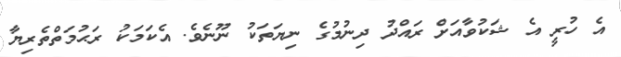
އެ ހުރީ އެ ޝަކުވާއަށް ރައްދު ދިނުމުގެ ނިޔަތަކު ނޫނެވެ. އެކަމަކު ރަޙުމަތްތެރިޔާ